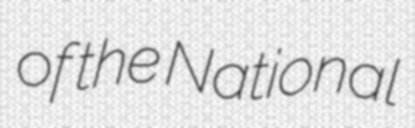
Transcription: of the National